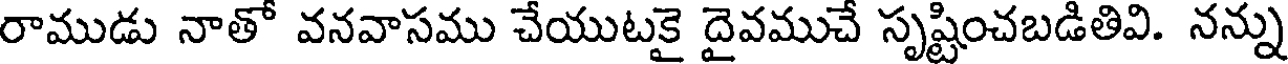
రాముడు నాతో వనవాసము చేయుటకై దైవముచే సృష్టించబడితివి. నన్ను